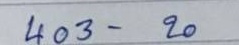
403 - 20